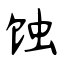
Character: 蚀